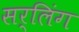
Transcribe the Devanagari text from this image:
सर्लिंग